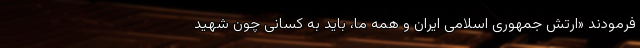
فرمودند «ارتش جمهوری اسلامی ایران و همه ما، باید به کسانی چون شهید